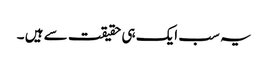
یہ سب ایک ہی حقیقت سے ہیں ۔